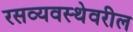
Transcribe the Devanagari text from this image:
रसव्यवस्थेवरील